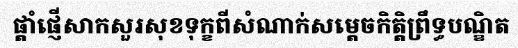
ផ្តាំផ្ញើសាកសួរសុខទុក្ខពីសំណាក់សម្តេចកិត្តិព្រឹទ្ធបណ្ឌិត